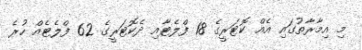
މި އިމާރާތުގައި އެއް ކޮޓަރީގެ 18 ފްލެޓާއި ދެކޮޓަރީގެ 62 ފްލެޓެއް ހުރެ